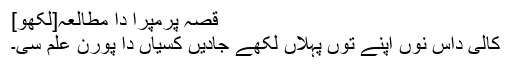
قصہ پرمپرا دا مطالعہ[لکھو]
کالی داس نوں اپنے توں پہلاں لکھے جادیں کسیاں دا پورن علم سی۔